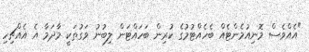
"އެއްވެސް މޮނިއުމެންޓެއް ބެހެއްޓުމުގެ ކުރިން ބަހައްޓަން ލިބުނު ވަގުތަކީ މާދަމާ އެ އެއްޗިހި